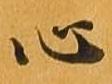
心